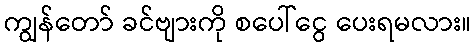
ကျွန်တော် ခင်ဗျားကို စပေါ်ငွေ ပေးရမလား။